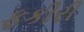
ફકીરી